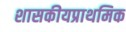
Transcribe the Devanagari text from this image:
शासकीयप्राथमिक